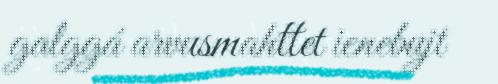
galggá arvusmahttet ienebujt